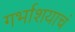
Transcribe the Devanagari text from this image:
गर्भाशयाचं